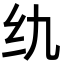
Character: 𮉠